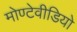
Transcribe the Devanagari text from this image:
मोण्टेवीडियो